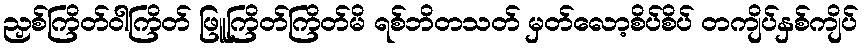
ညှစ်ကြိတ်ဝါကြိတ် ဖြူကြိတ်ကြိတ်မိ ရစ်ဘိတသတ် မှတ်လော့စိပ်စိပ် တကျိပ်နှစ်ကျိပ်